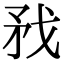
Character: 𢦧